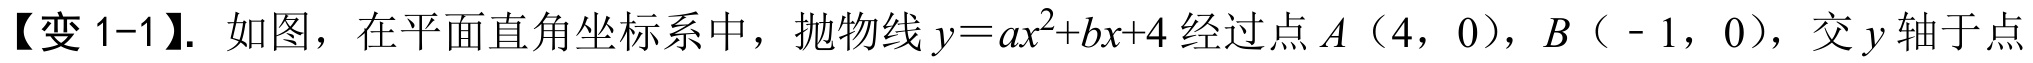
【变1-1】. 如图，在平面直角坐标系中，抛物线\(y = ax^{2}+bx + 4\)经过点\(A\)（\(4\)，\(0\)），\(B\)（\(-1\)，\(0\)），交\(y\)轴于点